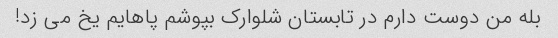
بله من دوست دارم در تابستان شلوارک بپوشم پاهایم یخ می زد!